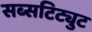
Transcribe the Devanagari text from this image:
सब्सटिट्युट